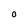
Character: 0